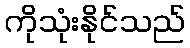
ကိုသုံးနိုင်သည်